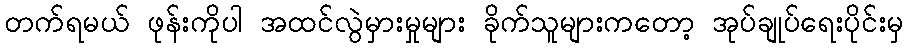
တက်ရမယ် ဖုန်းကိုပါ အထင်လွဲမှားမှုများ ခိုက်သူများကတော့ အုပ်ချုပ်ရေးပိုင်းမှ